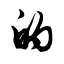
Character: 的